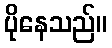
ပိုနေသည်။